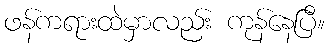
ဖန်ကရားထဲမှာလည်း ကုန်နေပြီ။